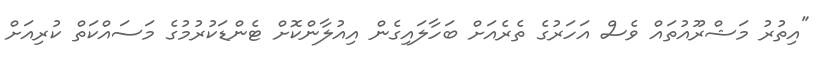
"އިތުރު މަޝްރޫއުތައް ވެސް އަހަރުގެ ތެރެއަށް ބަހާލައިގެން އިއުލާންކޮށް ޓެންޑަކުރުމުގެ މަސައްކަތް ކުރިއަށް